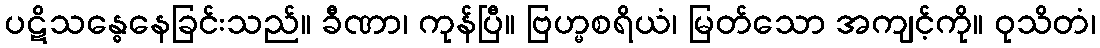
ပဋိသန္ဓေနေခြင်းသည်။ ခီဏာ၊ ကုန်ပြီ။ ဗြဟ္မစရိယံ၊ မြတ်သော အကျင့်ကို။ ဝုသိတံ၊